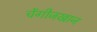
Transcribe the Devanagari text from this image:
चेंगीजखान